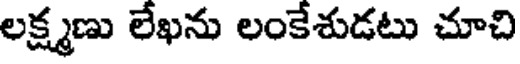
లక్ష్మణు లేఖను లంకేశుడటు చూచి